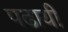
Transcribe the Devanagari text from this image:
पढायी